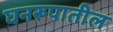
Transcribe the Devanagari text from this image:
घनरूपातील